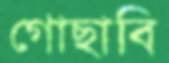
গোছাবি